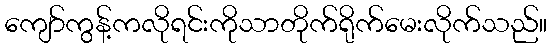
ကျော်ကွန့်ကလိုရင်းကိုသာတိုက်ရိုက်မေးလိုက်သည်။